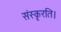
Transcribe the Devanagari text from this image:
संस्कृरति।